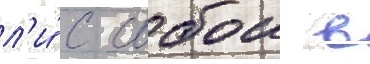
л'и́ с собои в